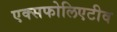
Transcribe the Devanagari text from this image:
एक्सफोलिएटीव